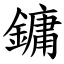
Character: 鏞